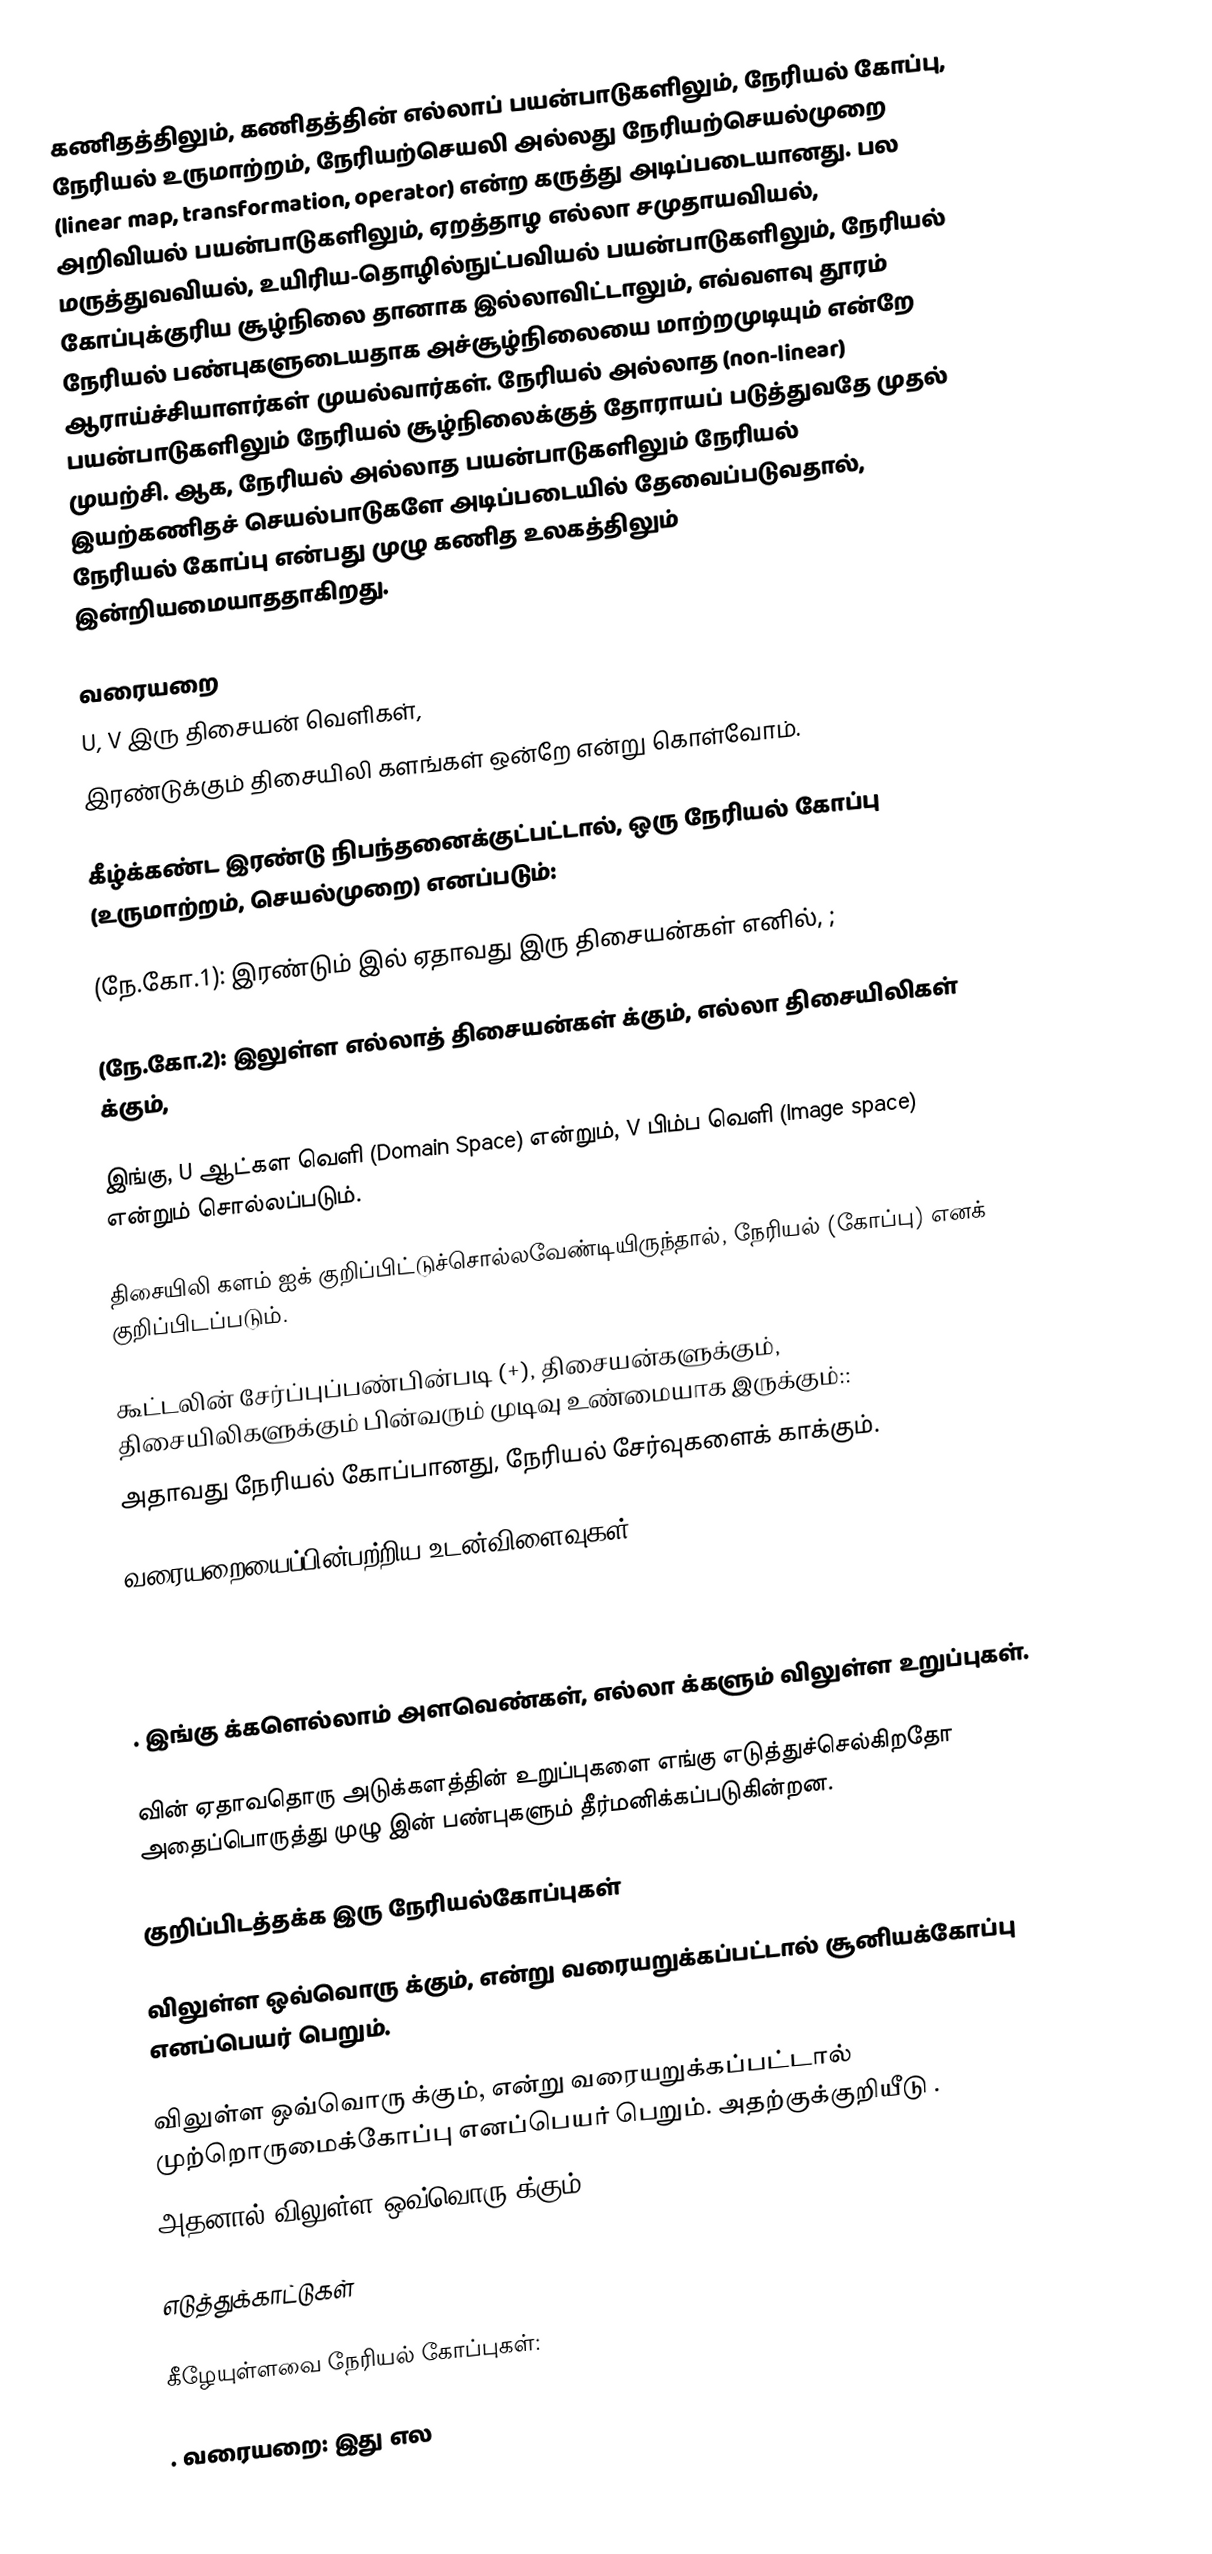
கணிதத்திலும்,  கணிதத்தின் எல்லாப் பயன்பாடுகளிலும்,  நேரியல் கோப்பு, நேரியல் உருமாற்றம், நேரியற்செயலி அல்லது நேரியற்செயல்முறை (linear map, transformation, operator) என்ற கருத்து அடிப்படையானது. பல அறிவியல் பயன்பாடுகளிலும், ஏறத்தாழ எல்லா சமுதாயவியல், மருத்துவவியல், உயிரிய-தொழில்நுட்பவியல் பயன்பாடுகளிலும், நேரியல் கோப்புக்குரிய சூழ்நிலை தானாக இல்லாவிட்டாலும், எவ்வளவு தூரம் நேரியல் பண்புகளுடையதாக அச்சூழ்நிலையை மாற்றமுடியும் என்றே ஆராய்ச்சியாளர்கள் முயல்வார்கள். நேரியல் அல்லாத (non-linear) பயன்பாடுகளிலும் நேரியல் சூழ்நிலைக்குத் தோராயப் படுத்துவதே முதல் முயற்சி. ஆக, நேரியல் அல்லாத  பயன்பாடுகளிலும் நேரியல் இயற்கணிதச் செயல்பாடுகளே அடிப்படையில் தேவைப்படுவதால், நேரியல் கோப்பு என்பது முழு கணித உலகத்திலும் இன்றியமையாததாகிறது.

வரையறை
U, V  இரு திசையன் வெளிகள்,
இரண்டுக்கும் திசையிலி களங்கள் ஒன்றே என்று கொள்வோம்.

கீழ்க்கண்ட இரண்டு நிபந்தனைக்குட்பட்டால்,   ஒரு நேரியல் கோப்பு (உருமாற்றம், செயல்முறை) எனப்படும்:

(நே.கோ.1):   இரண்டும்  இல் ஏதாவது இரு திசையன்கள் எனில்,  ;

(நே.கோ.2):   இலுள்ள எல்லாத் திசையன்கள்  க்கும், எல்லா திசையிலிகள்   க்கும்,

இங்கு, U  ஆட்கள வெளி (Domain Space) என்றும்,  V பிம்ப வெளி (Image space) என்றும் சொல்லப்படும்.

திசையிலி களம்  ஐக் குறிப்பிட்டுச்சொல்லவேண்டியிருந்தால்,  நேரியல் (கோப்பு) எனக் குறிப்பிடப்படும்.

கூட்டலின் சேர்ப்புப்பண்பின்படி (+),  திசையன்களுக்கும்,  திசையிலிகளுக்கும் பின்வரும் முடிவு உண்மையாக இருக்கும்::
  அதாவது நேரியல் கோப்பானது, நேரியல் சேர்வுகளைக் காக்கும்.

வரையறையைப்பின்பற்றிய உடன்விளைவுகள்

 . இங்கு  க்களெல்லாம் அளவெண்கள்,  எல்லா  க்களும்  விலுள்ள உறுப்புகள்.

  வின் ஏதாவதொரு அடுக்களத்தின் உறுப்புகளை   எங்கு எடுத்துச்செல்கிறதோ அதைப்பொருத்து முழு  இன் பண்புகளும் தீர்மனிக்கப்படுகின்றன.

குறிப்பிடத்தக்க இரு நேரியல்கோப்புகள்

  விலுள்ள ஒவ்வொரு  க்கும்,  என்று வரையறுக்கப்பட்டால்    சூனியக்கோப்பு எனப்பெயர் பெறும்.

  விலுள்ள ஒவ்வொரு  க்கும்,  என்று வரையறுக்கப்பட்டால்   முற்றொருமைக்கோப்பு எனப்பெயர் பெறும்.  அதற்குக்குறியீடு  .
 அதனால்  விலுள்ள ஒவ்வொரு  க்கும், .

எடுத்துக்காட்டுகள்

கீழேயுள்ளவை நேரியல் கோப்புகள்:

  . வரையறை:  இது எல